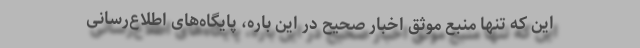
این که تنها منبع موثق اخبار صحیح در این باره، پایگاه‌های اطلاع‌رسانی